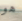
هو